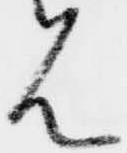
見